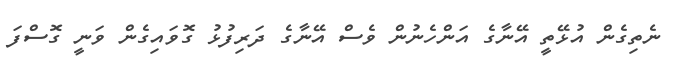
ނެތިގެން އުޅޭތީ އޭނާގެ އަންހެނުން ވެސް އޭނާގެ ދަރިފުޅު ގޮވައިގެން ވަނީ ގޮސްފަ